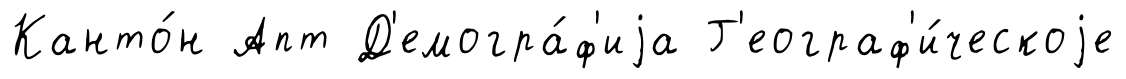
Канто́н Апт Д'емогра́ф'иjа Г'еограф'и́ческоjе